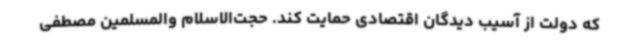
که دولت از آسیب دیدگان اقتصادی حمایت کند. حجت‌الاسلام والمسلمین مصطفی